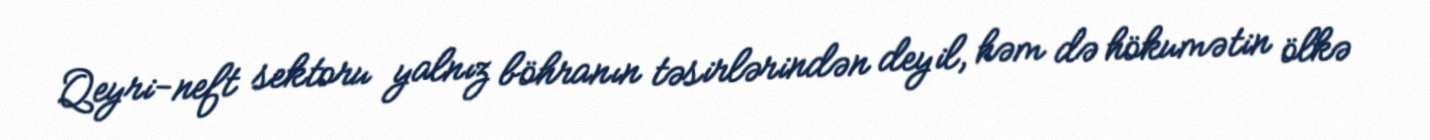
Qeyri-neft sektoru yalnız böhranın təsirlərindən deyil, həm də hökumətin ölkə